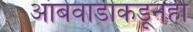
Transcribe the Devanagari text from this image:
आंबेवाडीकडूनही